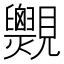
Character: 𧢨